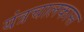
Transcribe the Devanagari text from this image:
यंत्रचालकास